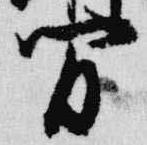
間